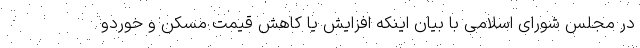
در مجلس شورای اسلامی با بیان اینکه افزایش یا کاهش قیمت مسکن و خوردو